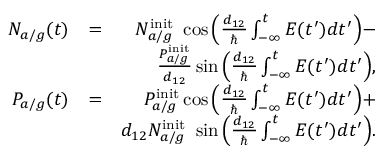
\begin{array} { r l r } { N _ { a / g } ( t ) } & { = } & { N _ { a / g } ^ { \mathrm { i n i t } } \ \cos \Big ( \frac { d _ { 1 2 } } { \hbar } \int _ { - \infty } ^ { t } E ( t ^ { \prime } ) d t ^ { \prime } \Big ) - } \\ & { } & { \frac { P _ { a / g } ^ { \mathrm { i n i t } } } { d _ { 1 2 } } \sin \Big ( \frac { d _ { 1 2 } } { \hbar } \int _ { - \infty } ^ { t } E ( t ^ { \prime } ) d t ^ { \prime } \Big ) , } \\ { P _ { a / g } ( t ) } & { = } & { P _ { a / g } ^ { \mathrm { i n i t } } \cos \Big ( \frac { d _ { 1 2 } } { \hbar } \int _ { - \infty } ^ { t } E ( t ^ { \prime } ) d t ^ { \prime } \Big ) + } \\ & { } & { d _ { 1 2 } N _ { a / g } ^ { \mathrm { i n i t } } \ \sin \Big ( \frac { d _ { 1 2 } } { \hbar } \int _ { - \infty } ^ { t } E ( t ^ { \prime } ) d t ^ { \prime } \Big ) . } \end{array}